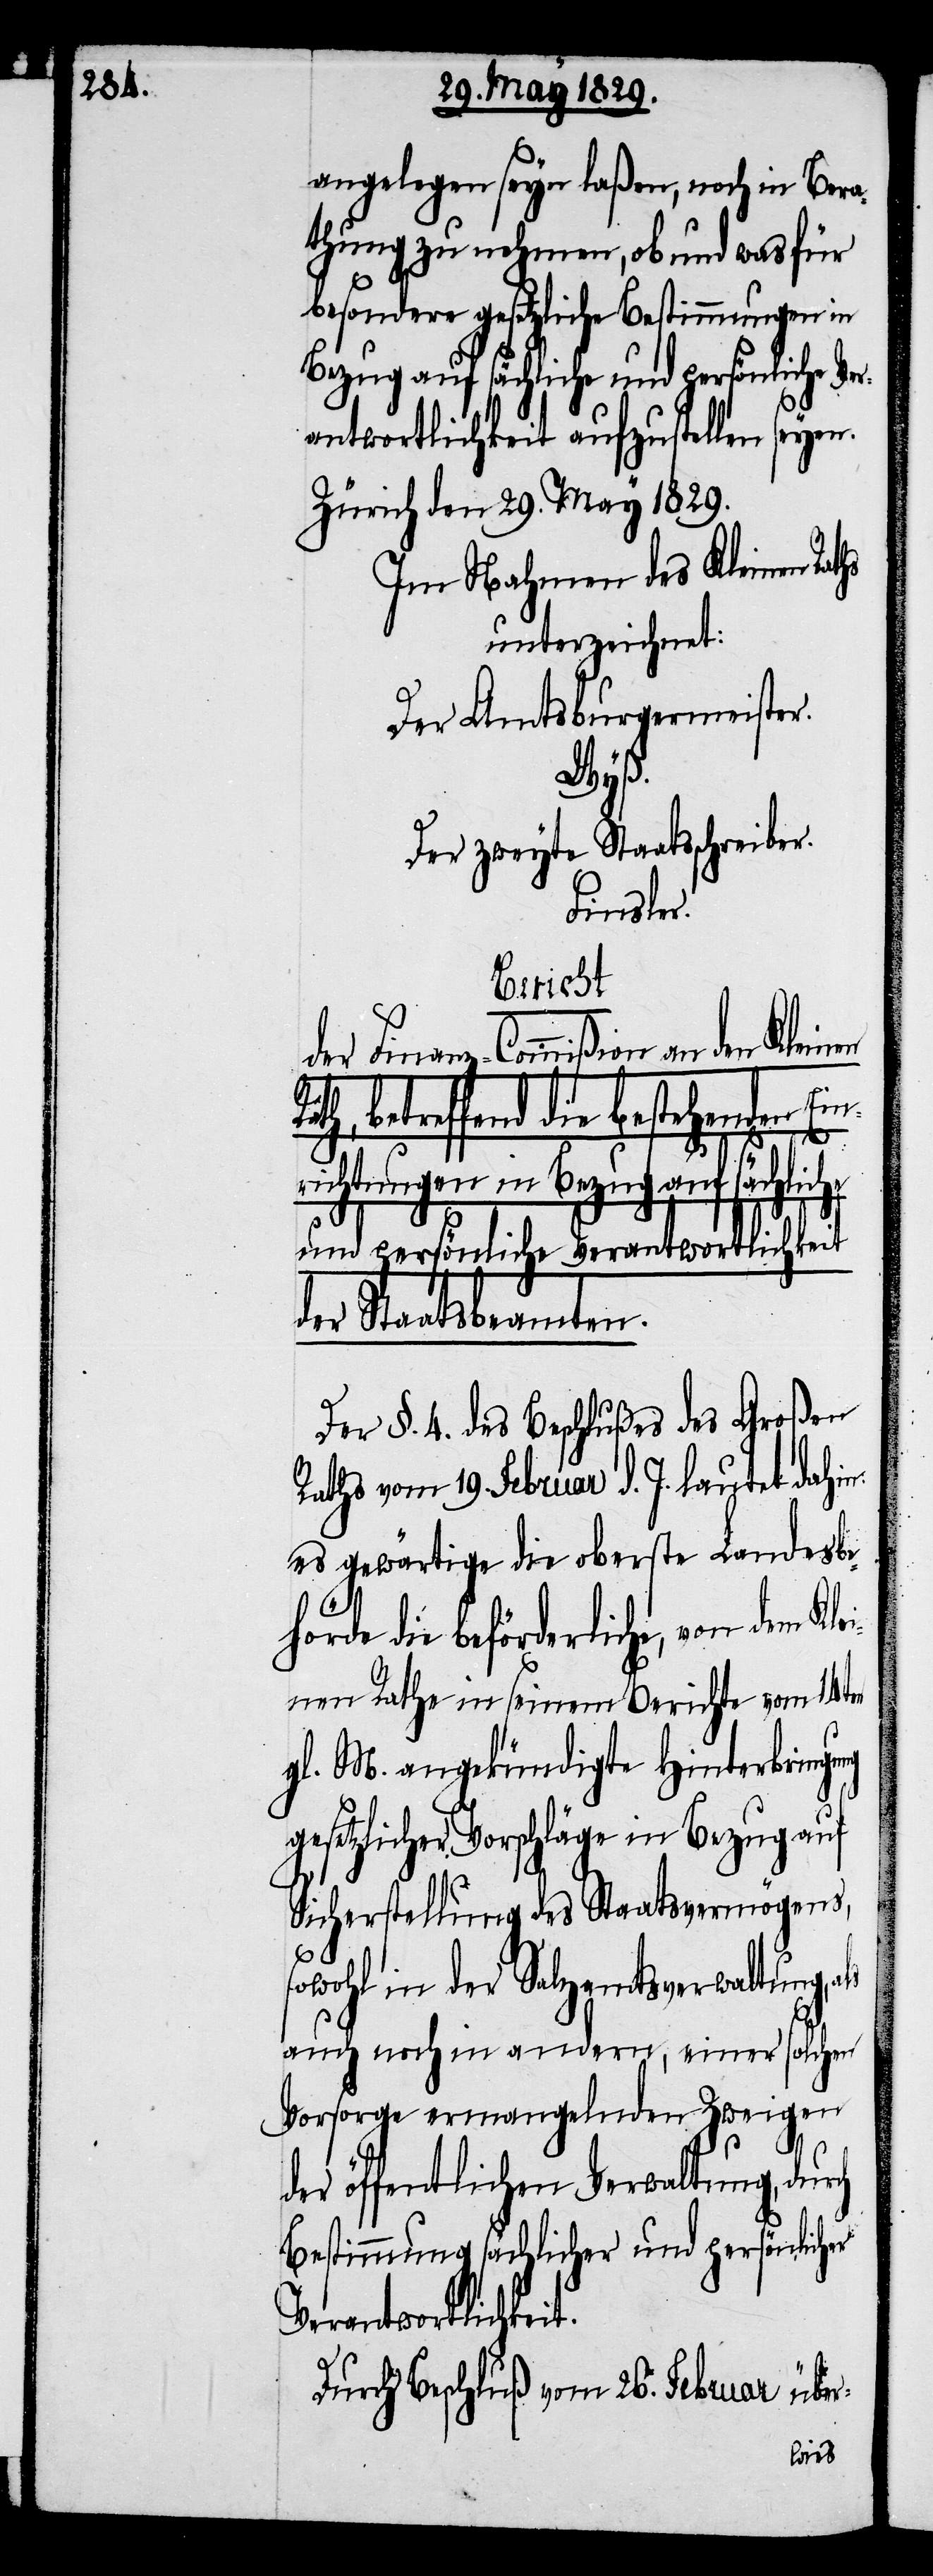
angelegen seyn laßen, noch in Bera¬
thung zu nehmen, ob und wasfür
besondere gesetzliche Bestimmungen in
Bezug auf sächliche und persönliche Ver¬
antwortlichkeit aufzustellen seyen.
Zürich den 29. May 1829.
Im Nahmen des Kleinen
unterzeichnet:
Der Amtsburgermeister.
Wyß.
Der zweyte Staatsschreiber.
Finsler.
Bericht
Klei¬
der Finanz-Commißion an den
Rath, betreffend die bestehenden Ein¬
t.
richtungen in Bezug auf sächlic¬
chkeit
und persönliche Verantwortli¬
der Staatsbeamten.
Der §. 4. des Beschlußes des Großen
Raths vom 19. Februar d. J. lautet dahin:
es gewärtige die oberste Landesbe¬
hörde die beförderliche, von dem
nen Rathe in seinem Berichte vom 14ten
gl. M. angekündigte Hinterbringung
gesetzlicher Vorschläge in Bezug auf
Sicherstellung des Staatsvermögens,
sowohl in der Salzamtsverwaltung, a¬
auch noch in andern, einer solchen
Vorsorge ermangelnden Zweigen
der öffentlichen Verwaltung, durch
Bestimmung sächlicher und persönlicher
Verantwortlichkei¬
Durch Beschluß vom 26. Februar über-
ls